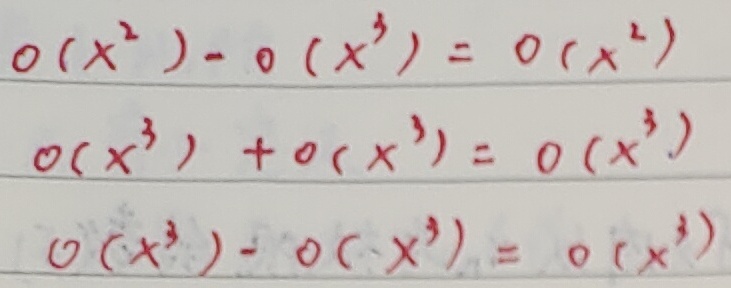
\(o(x^{2}) - o(x^{3}) = o(x^{2})\)，\(o(x^{3})+o(x^{3}) = o(x^{3})\)，\(o(x^{3}) - o(x^{3}) = o(x^{3})\)